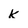
Character: k